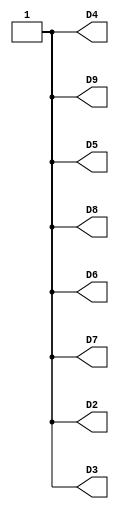
// This program was cloned from: https://github.com/FPGAwars/apio-examples
// License: GNU General Public License v2.0

//------------------------------------------------------------------
//-- Hello world example for the iCE40-HX8K board
//-- Turn on all the leds
//------------------------------------------------------------------

module leds(output wire D2,
            output wire D3,
            output wire D4,
            output wire D5,
            output wire D6,
            output wire D7,
            output wire D8,
            output wire D9);

assign D2 = 1'b1;
assign D3 = 1'b1;
assign D4 = 1'b1;
assign D5 = 1'b1;
assign D6 = 1'b1;
assign D7 = 1'b1;
assign D8 = 1'b1;
assign D9 = 1'b1;

endmodule